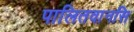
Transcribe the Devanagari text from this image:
पालितवानसि